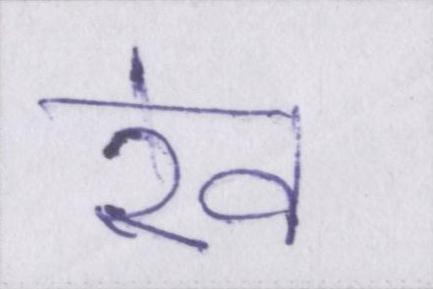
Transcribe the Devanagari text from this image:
रेव